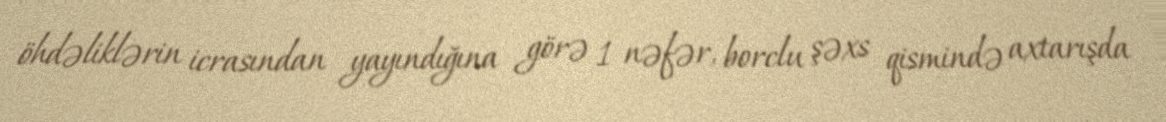
öhdəliklərin icrasından yayındığına görə 1 nəfər, borclu şəxs qismində axtarışda